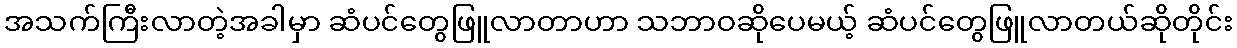
အသက်ကြီးလာတဲ့အခါမှာ ဆံပင်တွေဖြူလာတာဟာ သဘာဝဆိုပေမယ့် ဆံပင်တွေဖြူလာတယ်ဆိုတိုင်း